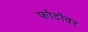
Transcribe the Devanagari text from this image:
फोटोंवर